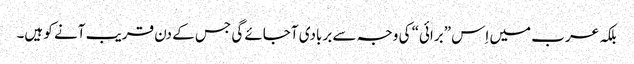
بلکہ عرب میں اِس ”برائی“ کی وجہ سے بربادی آجائے گی جس کے دن قریب آنے کو ہیں۔